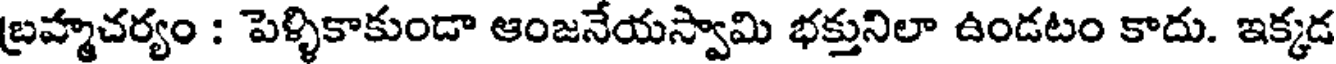
బ్రహ్మచర్యం : పెళ్ళికాకుండా ఆంజనేయస్వామి భక్తునిలా ఉండటం కాదు. ఇక్కడ